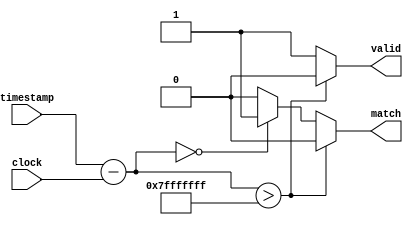
//Compare times taking in account for wrap around
//time is assumed invalid if the difference is grater than
//half the range (which will be true if the time is past)

module time_comparator  
#(parameter BITS = 32)
(
	input [BITS-1:0]	clock,
	input [BITS-1:0]	timestamp,
	output reg			match,
	output reg			valid
);


	reg [BITS-1:0] half_range;
	reg [BITS-1:0] delta;
	
	always @*
	begin
		//FIXME: this should be based on BITS
		half_range = 32'h7fffffff;	
		
		delta = timestamp - clock;  //this may wrap around here, which is ok.	

		if ( delta > half_range ) begin  //out of range
			valid <= 0;
			match <= 0;
		end
		else if (delta == 0) begin
			valid <= 1;
			match <= 1;
		end
		else begin
			valid <= 1;
			match <= 0;
		end
	end

endmodule